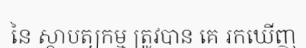
នៃ ស្ថាបត្យកម្ម ត្រូវបាន គេ រកឃើញ